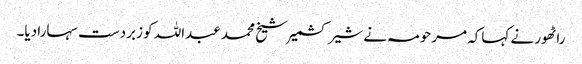
راٹھور نے کہاکہ مرحومہ نے شیر کشمیر شیخ محمد عبداللہ کو زبردست سہارا دیا۔